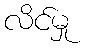
လိင်မှု